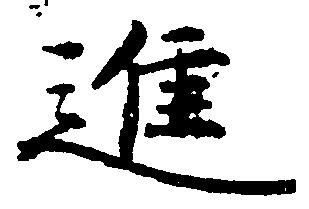
進